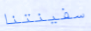
سفينتنا